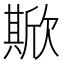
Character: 𣤘